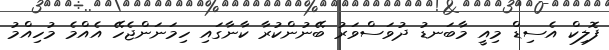
ފޮލިކް އެސިޑް މިއީ މާބަނޑު ދުވަސްވަރު ބޭނުންކުރާ ކާނާގައި ހިމަނަންޖެހޭ އެއްމެ މުހިއްމު